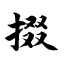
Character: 掇